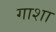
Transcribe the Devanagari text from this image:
गाशा